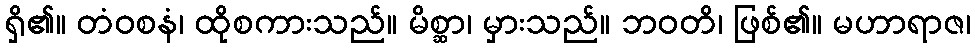
ရှိ၏။ တံဝစနံ၊ ထိုစကားသည်။ မိစ္ဆာ၊ မှားသည်။ ဘဝတိ၊ ဖြစ်၏။ မဟာရာဇ၊